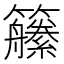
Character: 𱸱